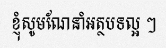
ខ្ញុំសូមណែនាំអត្ថបទល្អ ៗ